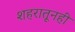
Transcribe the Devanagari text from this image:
शहरातूनही